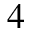
^ { 4 }